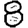
Digit: 8